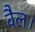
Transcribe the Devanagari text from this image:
वैल।